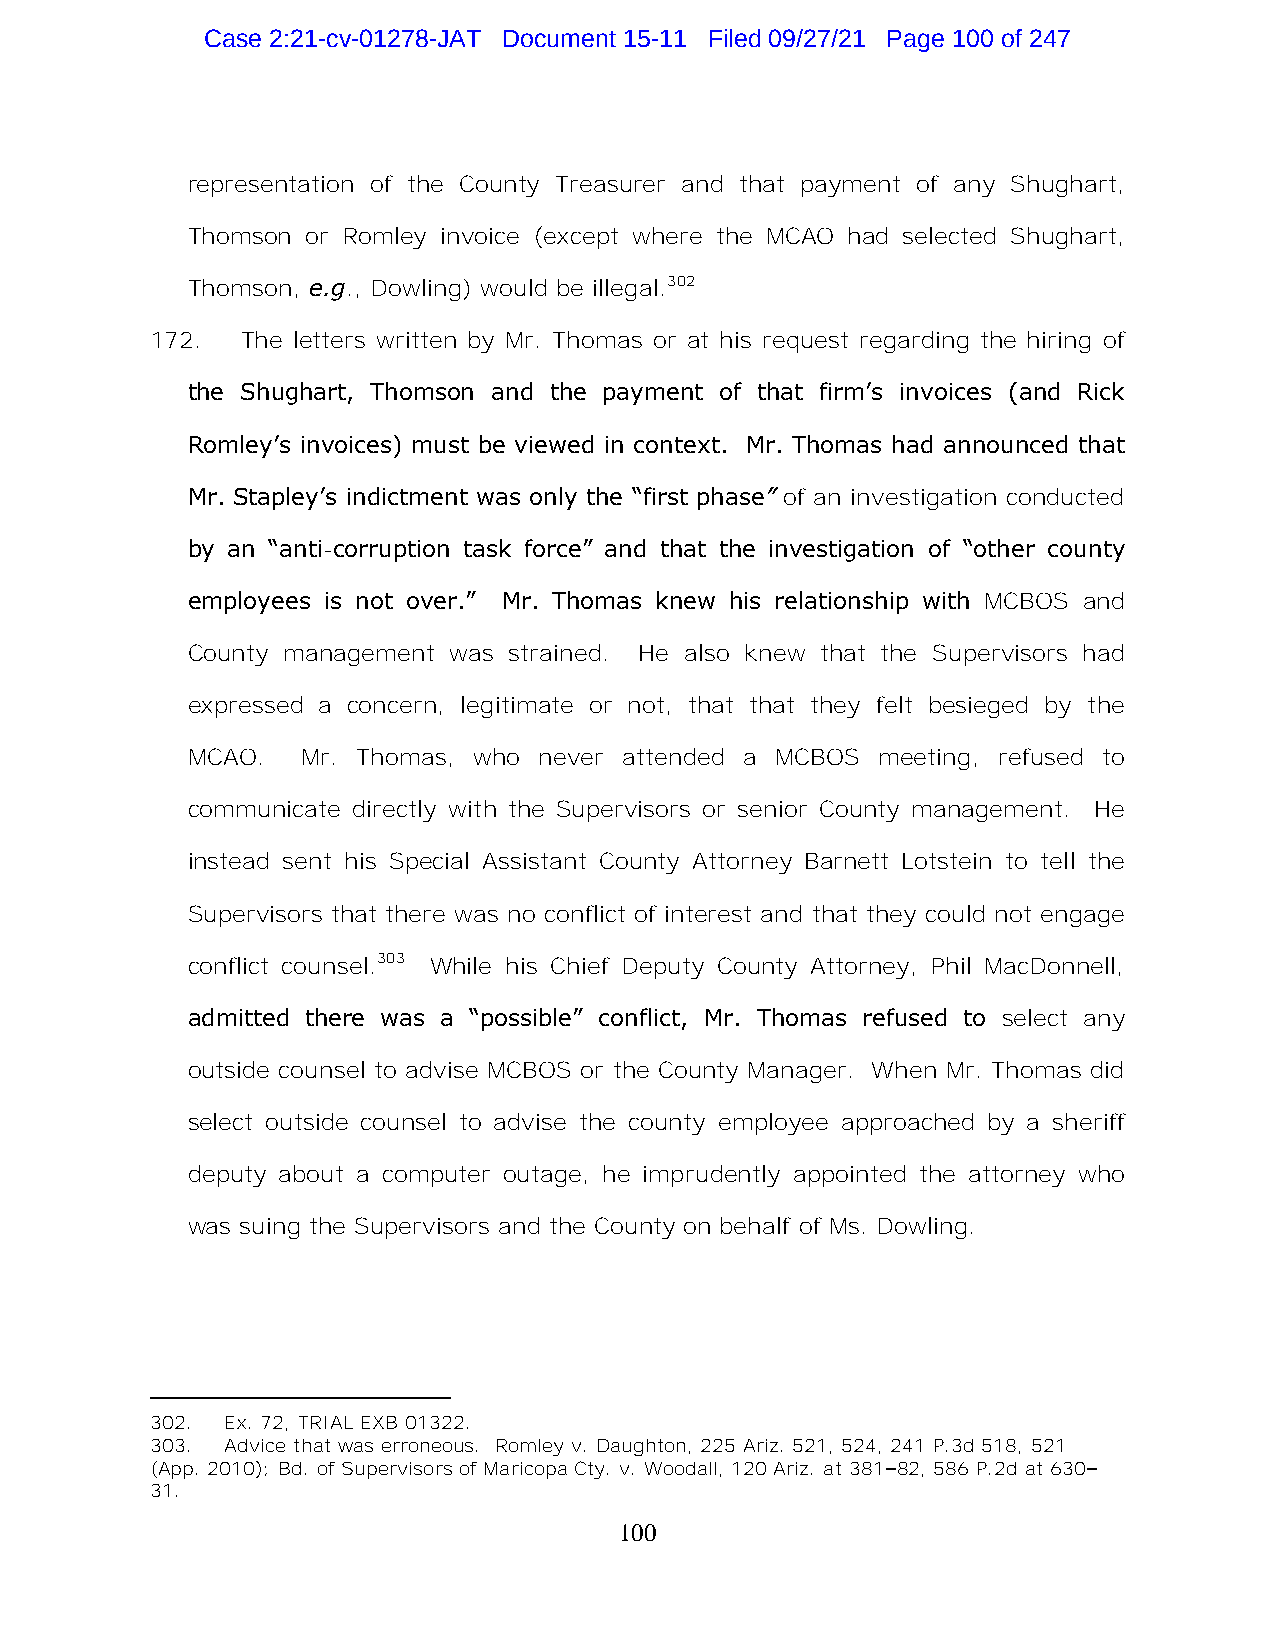
Case 2:21-cv-01278-JAT Document 15-11 Filed 09/27/21 Page 100 of 247
 representation of the County Treasurer and that payment of any Shughart,
 Thomson or Romley invoice (except where the MCAO had selected Shughart,
 Thomson, e.g., Dowling) would be illegal.302
 172.  The letters written by Mr. Thomas or at his request regarding the hiring of
 the Shughart, Thomson and the payment of that firm’s invoices (and Rick
 Romley’s invoices) must be viewed in context. Mr. Thomas had announced that
 Mr. Stapley’s indictment was only the “first phase” of an investigation conducted
 by an “anti-corruption task force” and that the investigation of “other county
 employees is not over.” Mr. Thomas knew his relationship with MCBOS and
 County management was strained. He also knew that the Supervisors had
 expressed a concern, legitimate or not, that that they felt besieged by the
 MCAO.   Mr. Thomas, who never attended a MCBOS meeting, refused to
 communicate directly with the Supervisors or senior County management. He
 instead sent his Special Assistant County Attorney Barnett Lotstein to tell the
 Supervisors that there was no conflict of interest and that they could not engage
 conflict counsel.303 While his Chief Deputy County Attorney, Phil MacDonnell,
 admitted there was a “possible” conflict, Mr. Thomas refused to select any
 outside counsel to advise MCBOS or the County Manager. When Mr. Thomas did
 select outside counsel to advise the county employee approached by a sheriff
 deputy about a computer outage, he imprudently appointed the attorney who
 was suing the Supervisors and the County on behalf of Ms. Dowling.
 302. Ex. 72, TRIAL EXB 01322.
 303. Advice that was erroneous. Romley v. Daughton, 225 Ariz. 521, 524, 241 P.3d 518, 521
 (App. 2010); Bd. of Supervisors of Maricopa Cty. v. Woodall, 120 Ariz. at 381–82, 586 P.2d at 630–
 31.
 100